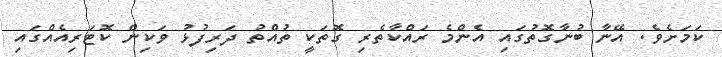
ކަމަށެވެ. އޭނާ ބުނާގޮތުގައި އެންމެ ރައްކާތެރި ގޮތަކީ ތުއްތު ދަރިފުޅު ވަކިން ކޮޓަރިއެއްގައި